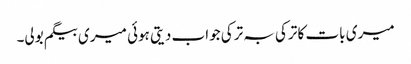
میری بات کا ترکی بہ ترکی جواب دیتی ہوئی میری بیگم بولی۔